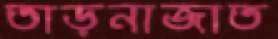
তাড়নাজাত